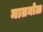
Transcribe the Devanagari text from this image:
मातमोळ